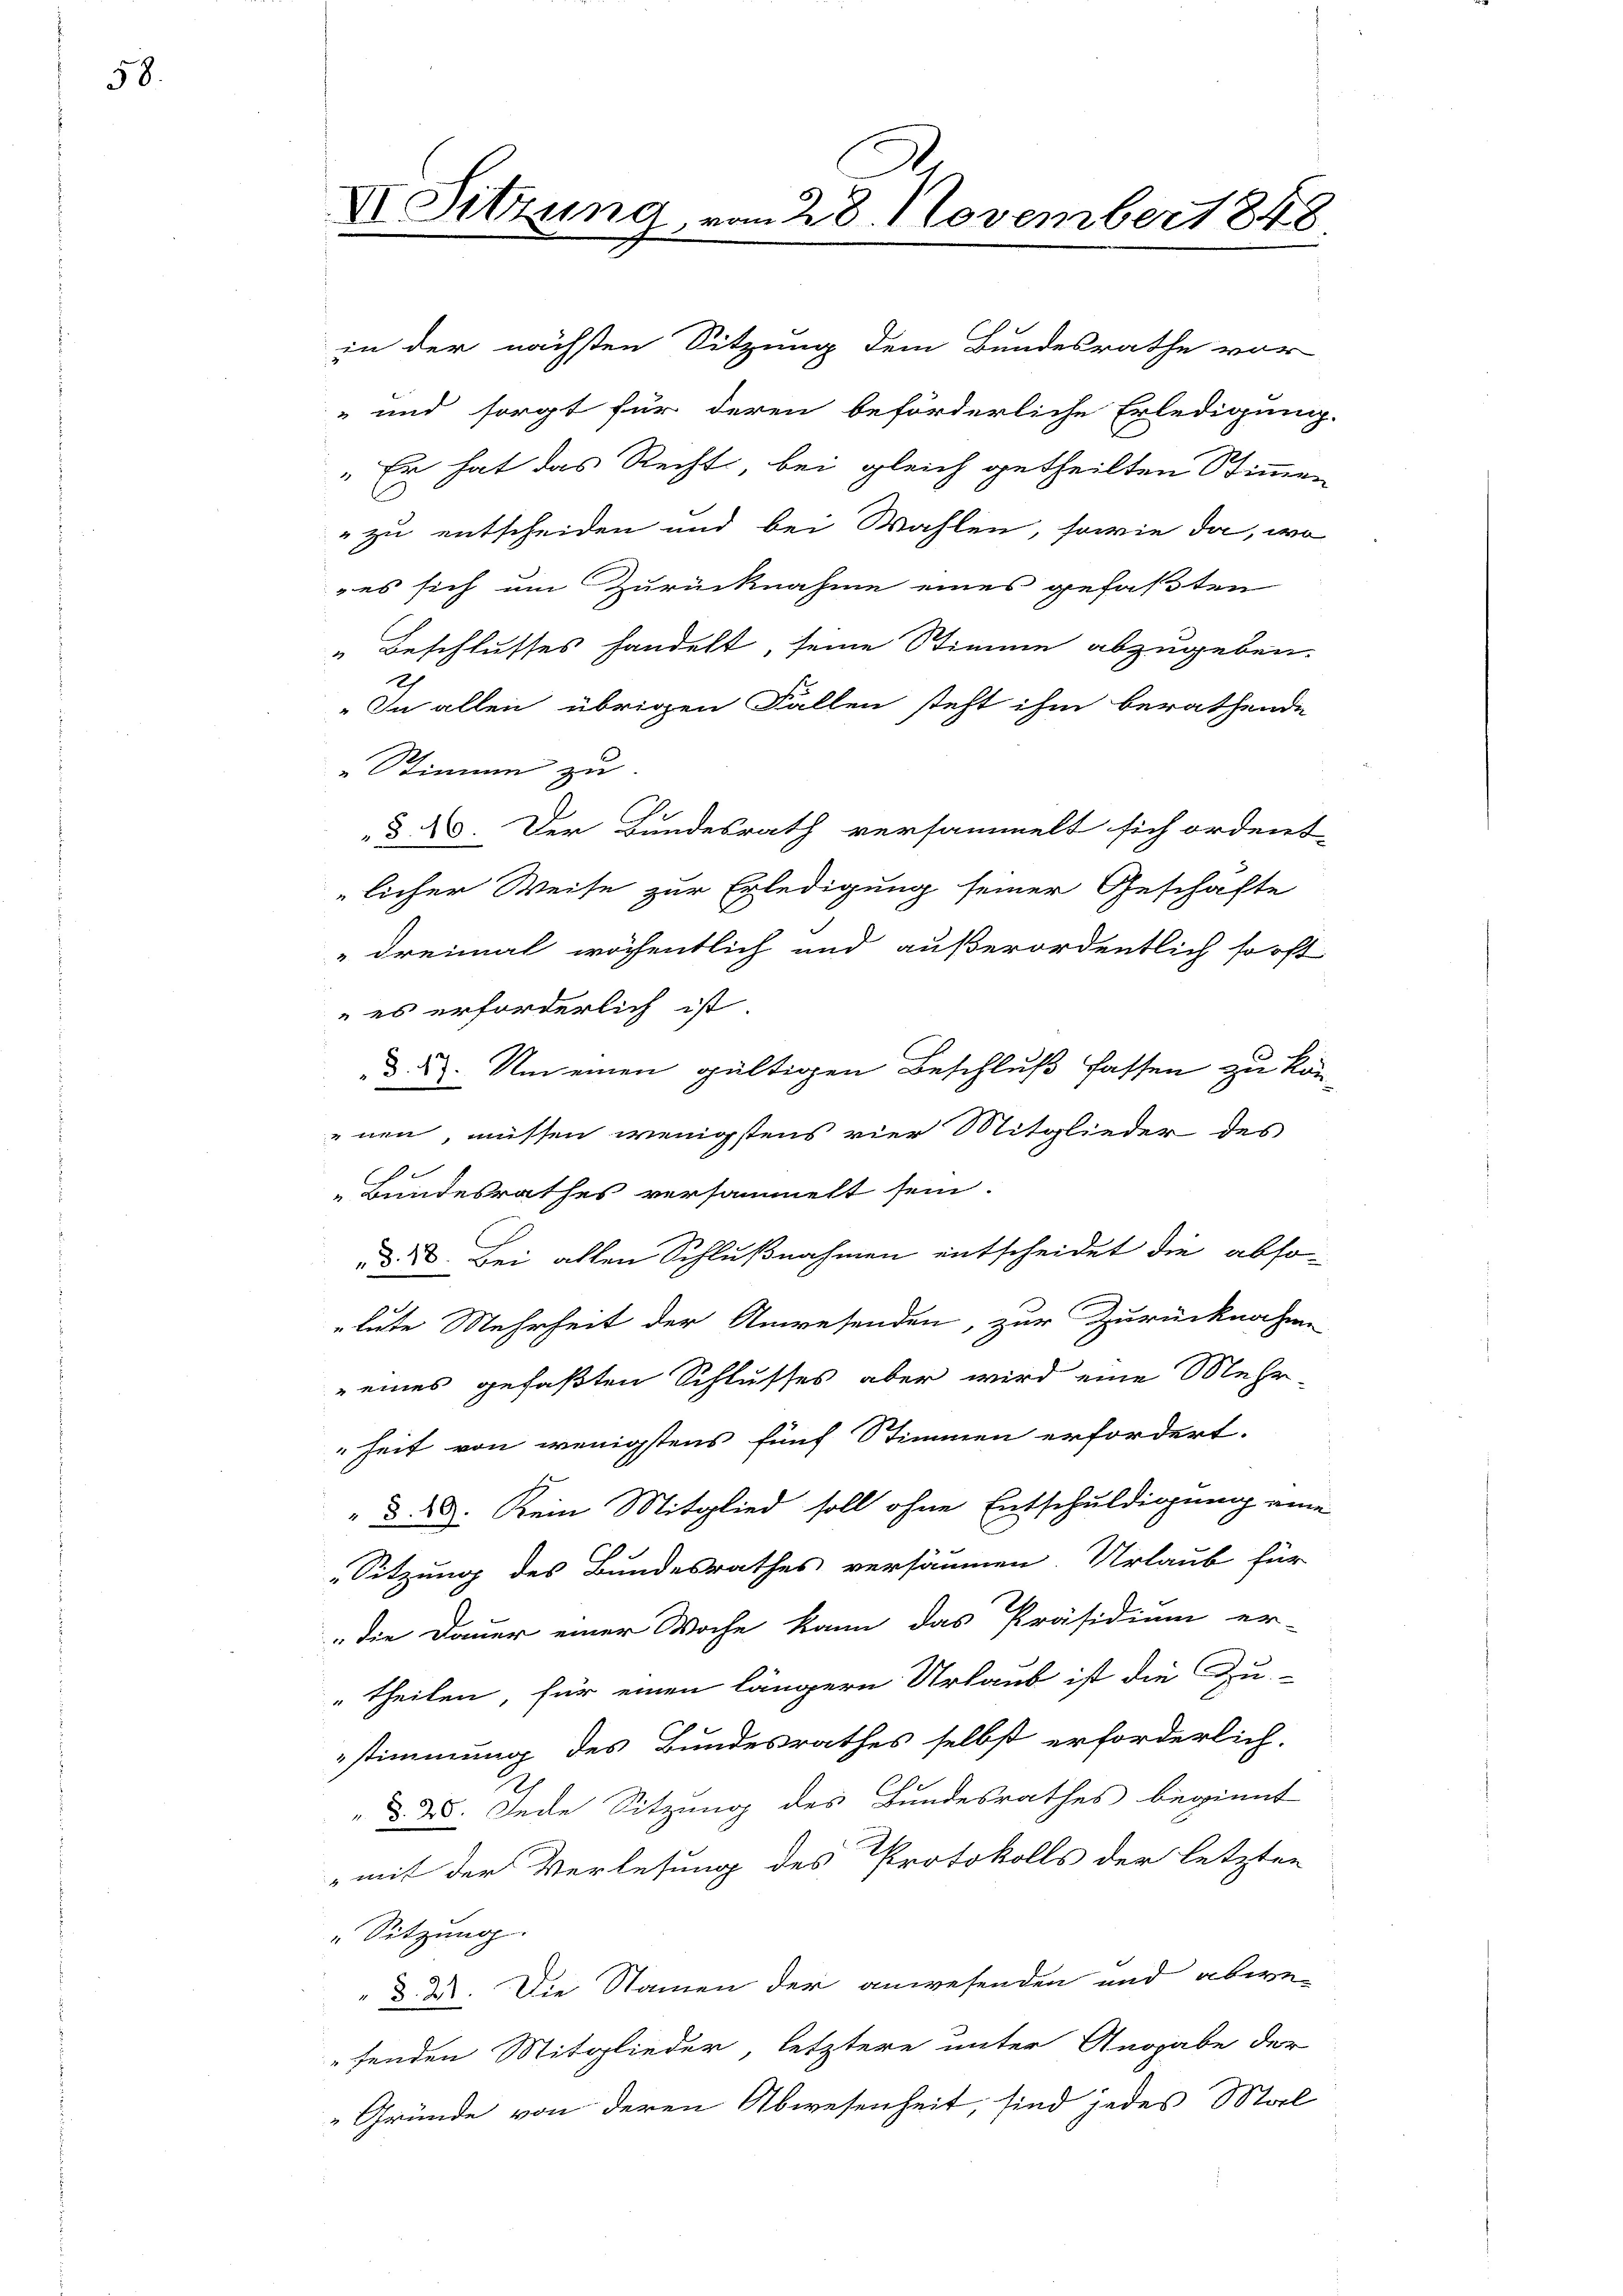
58.

X Sitzung, vom 28. November 1848

in der nächsten Sitzung dem Bundesrathe vor
und sorgt für deren beförderliche Erledigung.
" Es hat das Recht, bei gleich getheilten Stimmen
" zu entscheiden und bei Wahlen, sowie da, wo
, es sich um Zurücknahme eines gefaßten
" Beschlusses handelt, seine Stimme abzugeben.
ch
„In allen übrigen Fallen steht ihm berathende
"Stimme zu
§ 4. Der Bundesrath versammelt sich ordnet
licher Weise zur Erledigung seiner Geschäfte
„dreimal wöchentlich und außerordentlich sooft
es erforderlich ist.
d. 2. Um einen gültigen Beschluß fassen zu könenen, müssen wenigstens vier Mitglieder des
„Bundesrathes versammelt sein.
 2. Bei alten Schlußnahmen entscheidet die abso-
lute Mehrheit der Anwesenden, zur Zurücknahme
" eines gefaßten Schlusses aber wird eine Mehr-
heit von wenigstens fünf Stimmen erfordert.
" §. 28. Kein Mitglied soll ohne Entschuldigung eine
Sitzung des Bundesrathes versäumen. Urlaub für
„die Dauer einer Woche kann das Präsidium er-
" theilen, für einen längern Urlaub ist die Zu-
stimmung des Bundesrathes selbst erforderlich.
§. 25. Jede Sitzung des Bundesrathes beginnt
„mit der Verlesung des Protokolls der letzten
" Sitzung.
d. 2. Die Namen der anwesenden und abwen
esenden Mitglieder letztere unter Angabe der
Gründe von deren Abwesenheit, sind jedes Mal